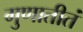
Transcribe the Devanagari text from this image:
गुणातीतं